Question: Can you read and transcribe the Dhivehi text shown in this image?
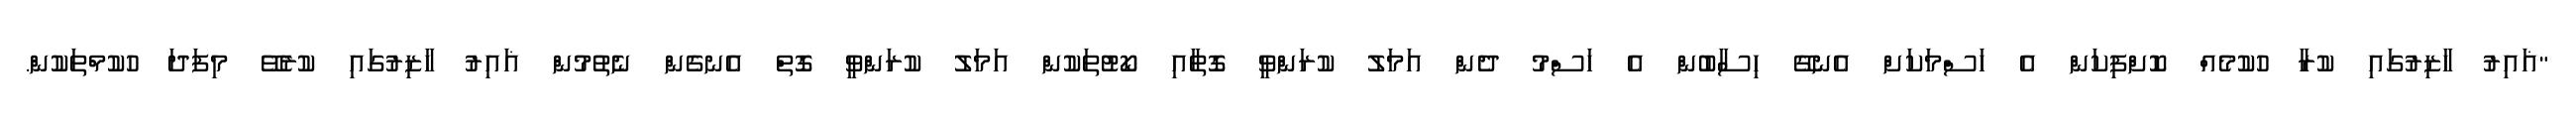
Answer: "ޣައިރު ހާޒިރުގައި ކުރާ ހުކުމެއް ކޮށްފިކަން އެ ހަސްމަކަށް އެނގޭ ހިސާބުން އެ ހަސްމު ދެން އަމަލު ކުރަންވީ ގޮތާއި ކޯޓުތަކުން އަމަލު ކުރަންވީ ގޮތް އެނގެން ނެތުމުން ޣައިރު ހާޒިރުގައި ކުރެވޭ މިފަދަ ހުކުމްތަކުން.